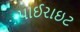
પાઈરાઇટ